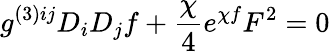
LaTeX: g^{(3)ij}D_{i}D_{j}f+\frac{\chi}{4}e^{\chi f}F^{2}=0